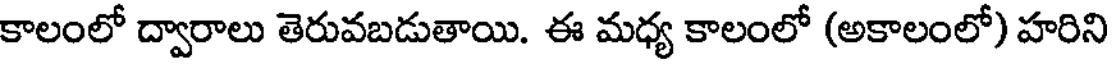
కాలంలో ద్వారాలు తెరువబడుతాయి. ఈ మధ్య కాలంలో (అకాలంలో) హరిని